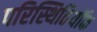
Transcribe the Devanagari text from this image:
परिस्थितियोंके